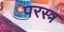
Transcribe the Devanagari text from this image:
परस्त्र